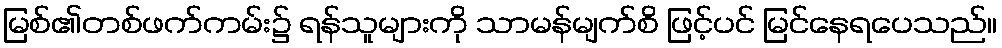
မြစ်၏တစ်ဖက်ကမ်း၌ ရန်သူများကို သာမန်မျက်စိ ဖြင့်ပင် မြင်နေရပေသည်။